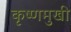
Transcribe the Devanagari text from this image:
कृष्णमुखी